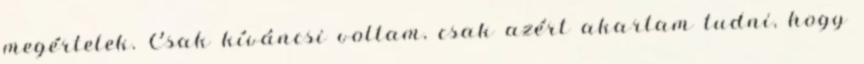
megértelek. Csak kíváncsi voltam, csak azért akartam tudni, hogy